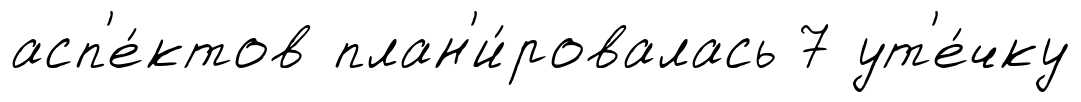
асп'е́ктов план'и́ровалась 7 ут'е́чку